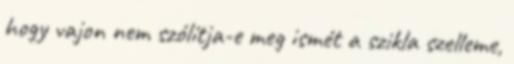
hogy vajon nem szólítja-e meg ismét a szikla szelleme,